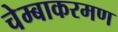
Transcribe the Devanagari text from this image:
चेम्बाकरमण